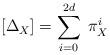
LaTeX: \begin{align*}[\Delta_X] = \sum_{i=0}^{2d}\; \pi_X^i\end{align*}